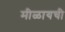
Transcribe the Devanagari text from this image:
मीळायची